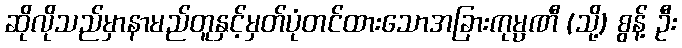
ဆိုလိုသည်မှာနာမည်တူနှင့်မှတ်ပုံတင်ထားသောအခြားကုမ္ပဏီ (သို့) စွန့် ဦး